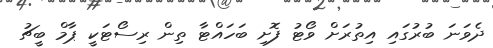
ދެވަނަ ބުރުގައި އިތުރަށް ވޯޓު ފޮށި ބަހައްޓާ ތިން ރިސޯޓަކީ ޕާމް ބީޗު